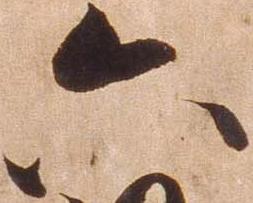
六